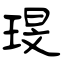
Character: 琝